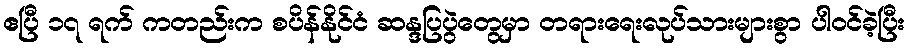
ဧပြီ ၁၇ ရက် ကတည်းက စပိန်နိုင်ငံ ဆန္ဒပြပွဲတွေမှာ တရားရေးလုပ်သားများစွာ ပါဝင်ခဲ့ပြီး